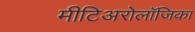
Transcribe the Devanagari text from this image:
मीटिअरोलॉजिका